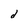
Character: d